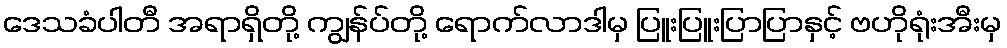
ဒေသခံပါတီ အရာရှိတို့ ကျွန်ပ်တို့ ရောက်လာဒါမှ ပြူးပြူးပြာပြာနှင့် ဗဟိုရုံးအီးမှ